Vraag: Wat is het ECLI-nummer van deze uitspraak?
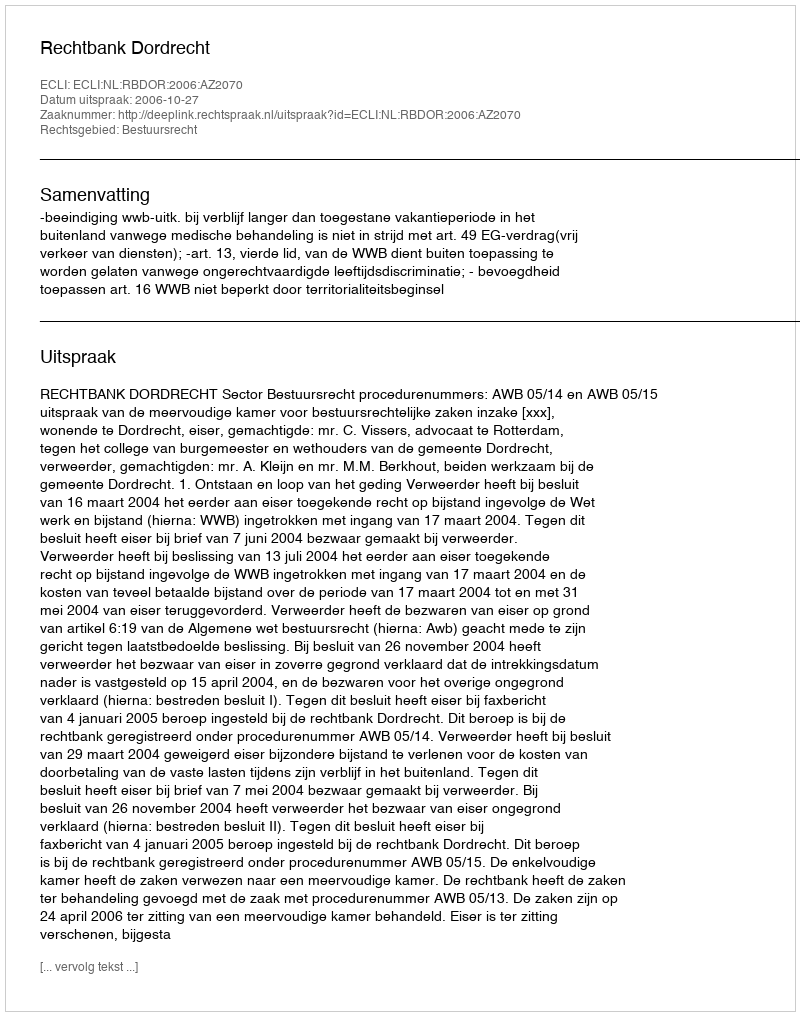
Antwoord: ECLI:NL:RBDOR:2006:AZ2070